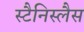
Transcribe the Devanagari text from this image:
स्टैनिस्लैस